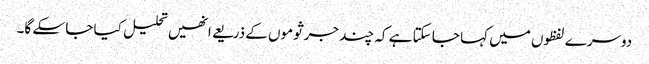
دوسرے لفظوں میں کہا جا سکتا ہے کہ چند جرثوموں کے ذریعے انھیں تحلیل کیا جا سکے گا۔